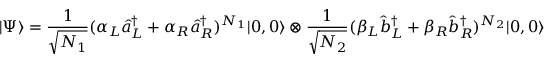
| \Psi \rangle = \frac { 1 } { \sqrt { N _ { 1 } } } ( \alpha _ { L } \hat { a } _ { L } ^ { \dagger } + \alpha _ { R } \hat { a } _ { R } ^ { \dagger } ) ^ { N _ { 1 } } | 0 , 0 \rangle \otimes \frac { 1 } { \sqrt { N _ { 2 } } } ( \beta _ { L } \hat { b } _ { L } ^ { \dagger } + \beta _ { R } \hat { b } _ { R } ^ { \dagger } ) ^ { N _ { 2 } } | 0 , 0 \rangle